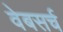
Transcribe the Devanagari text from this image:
वेबसर्च